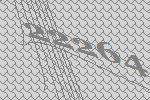
22264